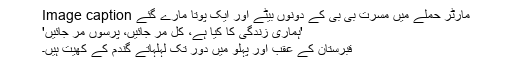
Image caption مارٹر حملے میں مسرت بی بی کے دونوں بیٹے اور ایک پوتا مارے گئے
'ہماری زندگی کا کیا ہے، کل مر جائیں، پرسوں مر جائیں'
قبرستان کے عقب اور پہلو میں دور تک لہلہاتے گندم کے کھیت ہیں۔